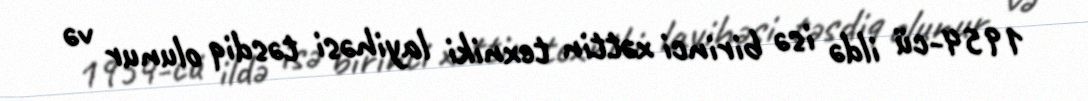
1954-cü ildə isə birinci xəttin texniki layihəsi təsdiq olunur və